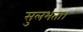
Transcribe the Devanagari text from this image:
सुलभता।